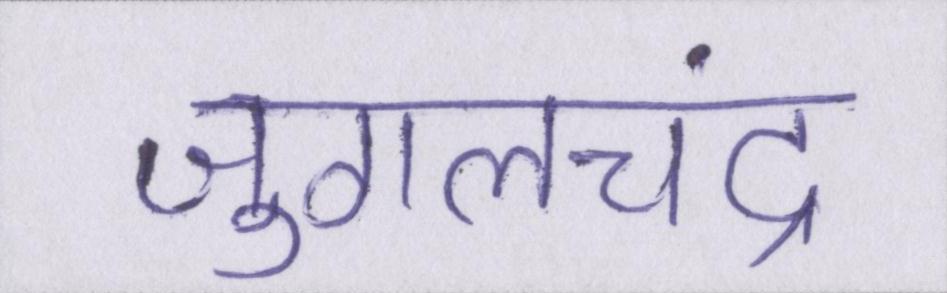
जुगलचंद्र